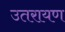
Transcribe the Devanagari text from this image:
उतरायण